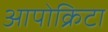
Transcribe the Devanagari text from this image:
आपोक्रिटा